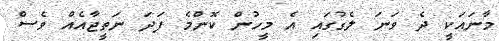
މާނައަކީ ދެ ވަނަ ލެގުގައި އެ މީހުން ކޮންމެ ފަދަ ނަތީޖާއެއް ވެސް